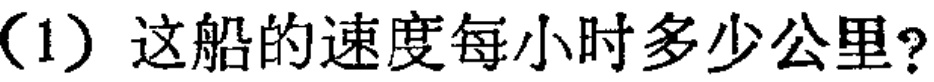
（1）这船的速度每小时多少公里?